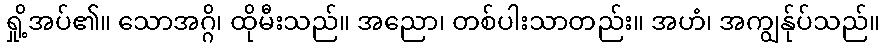
ရှို့အပ်၏။ သောအဂ္ဂိ၊ ထိုမီးသည်။ အညော၊ တစ်ပါးသာတည်း။ အဟံ၊ အကျွန်ုပ်သည်။